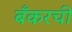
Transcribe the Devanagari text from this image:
बँकरची